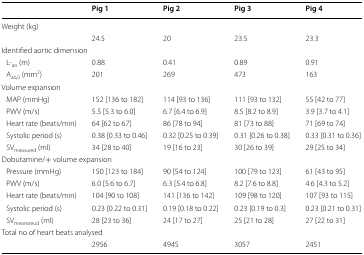
<table><thead><tr><td></td><td><b>Pig 1</b></td><td><b>Pig 2</b></td><td><b>Pig 3</b></td><td><b>Pig 4</b></td></tr></thead><tbody><tr><td colspan="5">Weight (kg)</td></tr><tr><td></td><td>24.5</td><td>20</td><td>23.5</td><td>23.3</td></tr><tr><td colspan="5">Identified aortic dimension</td></tr><tr><td> L-<sub>ao</sub> (m)</td><td>0.88</td><td>0.41</td><td>0.89</td><td>0.91</td></tr><tr><td> A<sub>ao,0</sub> (mm<sup>2</sup>)</td><td>201</td><td>269</td><td>473</td><td>163</td></tr><tr><td colspan="5">Volume expansion</td></tr><tr><td> MAP (mmHg)</td><td>152 [136 to 182]</td><td>114 [93 to 136]</td><td>111 [93 to 132]</td><td>55 [42 to 77]</td></tr><tr><td> PWV (m/s)</td><td>5.5 [5.3 to 6.0]</td><td>6.7 [6.4 to 6.9]</td><td>8.5 [8.2 to 8.9]</td><td>3.9 [3.7 to 4.1]</td></tr><tr><td> Heart rate (beats/min)</td><td>64 [62 to 67]</td><td>86 [78 to 94]</td><td>81 [73 to 88]</td><td>71 [69 to 74]</td></tr><tr><td> Systolic period (s)</td><td>0.38 [0.33 to 0.46]</td><td>0.32 [0.25 to 0.39]</td><td>0.31 [0.26 to 0.38]</td><td>0.33 [0.31 to 0.36]</td></tr><tr><td> SV<sub>measured</sub> (ml)</td><td>34 [28 to 40]</td><td>19 [16 to 23]</td><td>30 [26 to 39]</td><td>29 [25 to 34]</td></tr><tr><td colspan="5">Dobutamine/+ volume expansion</td></tr><tr><td> Pressure (mmHg)</td><td>150 [123 to 184]</td><td>90 [54 to 124]</td><td>100 [79 to 123]</td><td>61 [43 to 95]</td></tr><tr><td> PWV (m/s)</td><td>6.0 [5.6 to 6.7]</td><td>6.3 [5.4 to 6.8]</td><td>8.2 [7.6 to 8.8]</td><td>4.6 [4.3 to 5.2]</td></tr><tr><td> Heart rate (beats/min)</td><td>104 [90 to 108]</td><td>141 [136 to 142]</td><td>109 [98 to 120]</td><td>107 [93 to 115]</td></tr><tr><td> Systolic period (s)</td><td>0.23 [0.22 to 0.31]</td><td>0.19 [0.18 to 0.22]</td><td>0.23 [0.19 to 0.3]</td><td>0.23 [0.21 to 0.31]</td></tr><tr><td> SV<sub>meansreud</sub> (ml)</td><td>28 [23 to 36]</td><td>24 [17 to 27]</td><td>25 [21 to 28]</td><td>27 [22 to 31]</td></tr><tr><td colspan="5">Total no of heart beats analysed</td></tr><tr><td></td><td>2956</td><td>4945</td><td>3057</td><td>2451</td></tr></tbody></table>